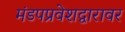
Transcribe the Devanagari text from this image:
मंडपप्रवेशद्वारावर